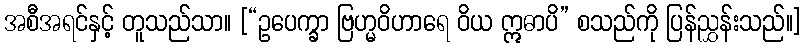
အစီအရင်နှင့် တူသည်သာ။ [“ဥပေက္ခာ ဗြဟ္မဝိဟာရေ ဝိယ ဣဓာပိ” စသည်ကို ပြန်ညွှန်းသည်။]